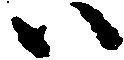
ハ